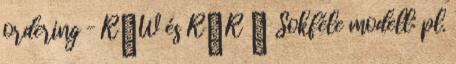
ordering – R→W és R→R ● Sokféle modell: pl.